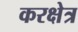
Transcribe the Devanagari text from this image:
करक्षेत्र